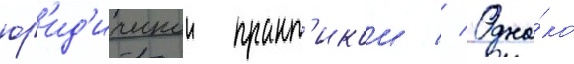
юр'ид'ическои практ'икои // Одна́ко